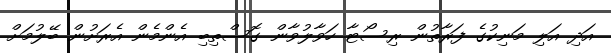
އަދި އަލި މަނިކުގެ ފަރާތުން ރިސޯޓާ ހަވާލުވާން ގޮސްތިބި އެންމެން އެރަށުން ބޭލުމަށް